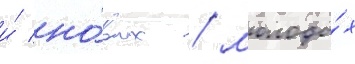
и́ но́вых / молоды́х